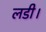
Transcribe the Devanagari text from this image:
लडी।